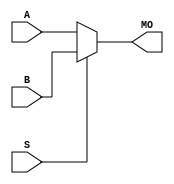
module mux21_6 (MO,
              A,
              B,
              S);
    input A, B, S;
    output MO;
    assign MO = (S == 1) ? B : A;
endmodule